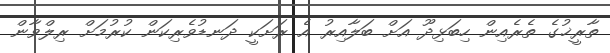
ތާރީޚުގެ ތެރެއިން ހިބަޅިދޫ އަށް ބަލާއިރު އެ ރަށަކީ ދަނޑުވެރިކަން ކުރުމަށް ރިލްވާން